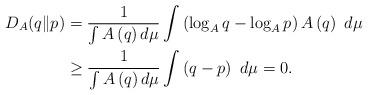
LaTeX: \begin{align*}D_{A}(q\Vert p) &=\frac{1}{\int A\left( q\right) d\mu }\int \left( \log_{A}q-\log _{A}p\right) A\left( q\right) \ d\mu \\&\geq \frac{1}{\int A\left( q\right) d\mu }\int \left( q-p\right) \ d\mu =0.\end{align*}